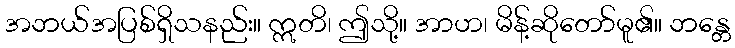
အဘယ်အပြစ်ရှိသနည်း။ ဣတိ၊ ဤသို့။ အာဟ၊ မိန့်ဆိုတော်မူ၏။ ဘန္တေ